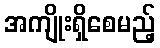
အကျိုးရှိစေမည့်